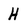
Character: H